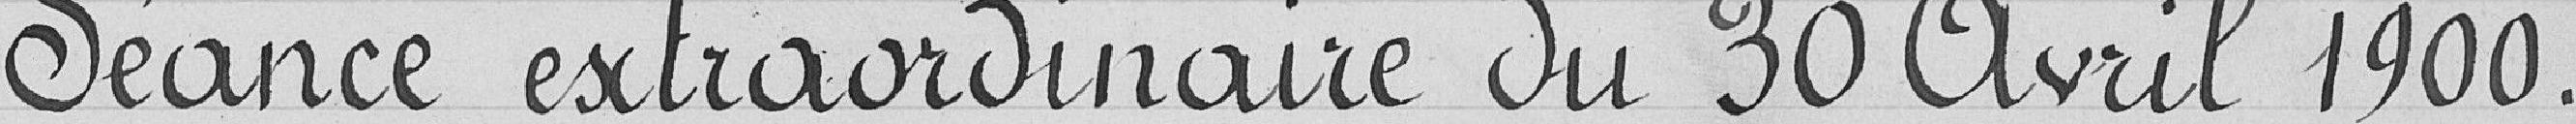
Séance extraordinaire du 30 avril 1900.